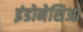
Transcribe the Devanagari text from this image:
इंडोनेशिआ